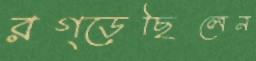
রগ্‌ড়েছিলেন